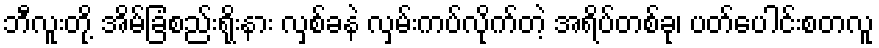
ဘီလူးတို့ အိမ်ခြံစည်းရိုးနား လှစ်ခနဲ လှမ်းကပ်လိုက်တဲ့ အရိပ်တစ်ခု၊ ပတ်ပေါင်းစတလူ